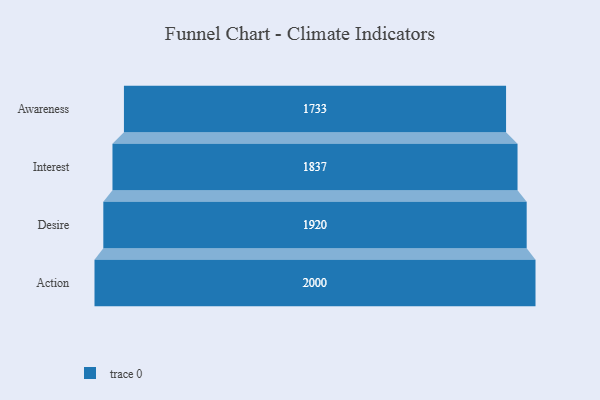
{"axis": {"x": "Stage", "y": "Value"}, "legend": [""], "data": [{"x": "Awareness", "y": 1733.0, "type": ""}, {"x": "Interest", "y": 1837.0, "type": ""}, {"x": "Desire", "y": 1920.0, "type": ""}, {"x": "Action", "y": 2000, "type": ""}]}